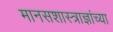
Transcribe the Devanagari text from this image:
मानसशास्त्राज्ञांच्या